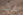
هنا